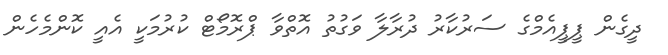
ދީގެން ޕީޕީއެމްގެ ސަރުކާރު ދުރާލާ ވަގުތު އޮތްވާ ޕްރޮމޯޓް ކުރުމަކީ އެއީ ކޮންމެހެން